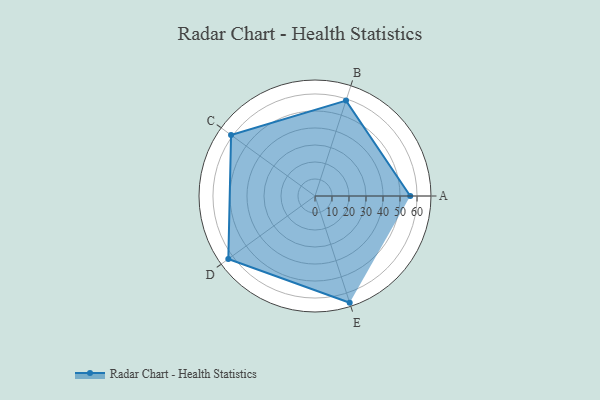
{"axis": {"x": "Skill", "y": "Score"}, "legend": ["Profile"], "data": [{"x": "A", "y": 56.0, "type": "Profile"}, {"x": "B", "y": 59.0, "type": "Profile"}, {"x": "C", "y": 61.0, "type": "Profile"}, {"x": "D", "y": 63.0, "type": "Profile"}, {"x": "E", "y": 66.0, "type": "Profile"}]}